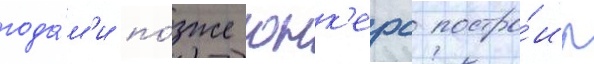
года́м'и по́зже юнк'ерс постро́ил